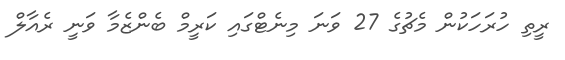
ރީތި ހުރަހަކުން މެޗުގެ 27 ވަނަ މިނެޓްގައި ކަރީމް ބެންޒެމާ ވަނީ ރެއާލް